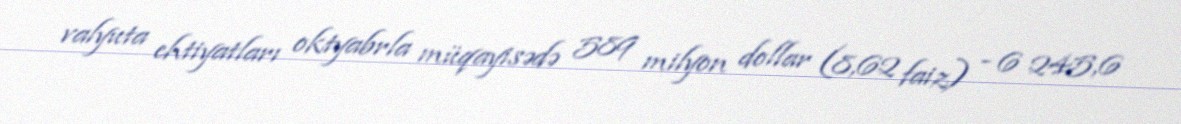
valyuta ehtiyatları oktyabrla müqayisədə 589 milyon dollar (8,62 faiz) - 6 245,6